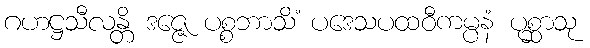
ဂဟဋ္ဌသီလန္တိ ဒဇ္ဇေ ပစ္စဘာသိံ ပဒေသပထဝီကမ္ပနံ ပုစ္ဆာသု